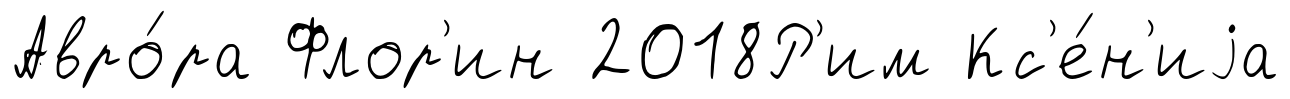
Авро́ра Флор'ин 2018Р'им Кс'е́н'иjа